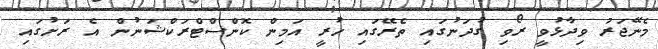
މެނޭޖަރު ވިދާޅުވީ ރޯވި ގުދަނުގައި ތެރޭގައި ހުރީ އަމިން ކޮންސްޓްރަކްޝަނުން އެ ރަށުގައި